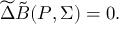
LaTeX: \widetilde { \Delta } { \tilde { B } } ( P , { \Sigma } ) = 0 .